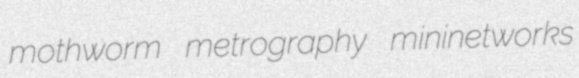
mothworm metrography mininetworks